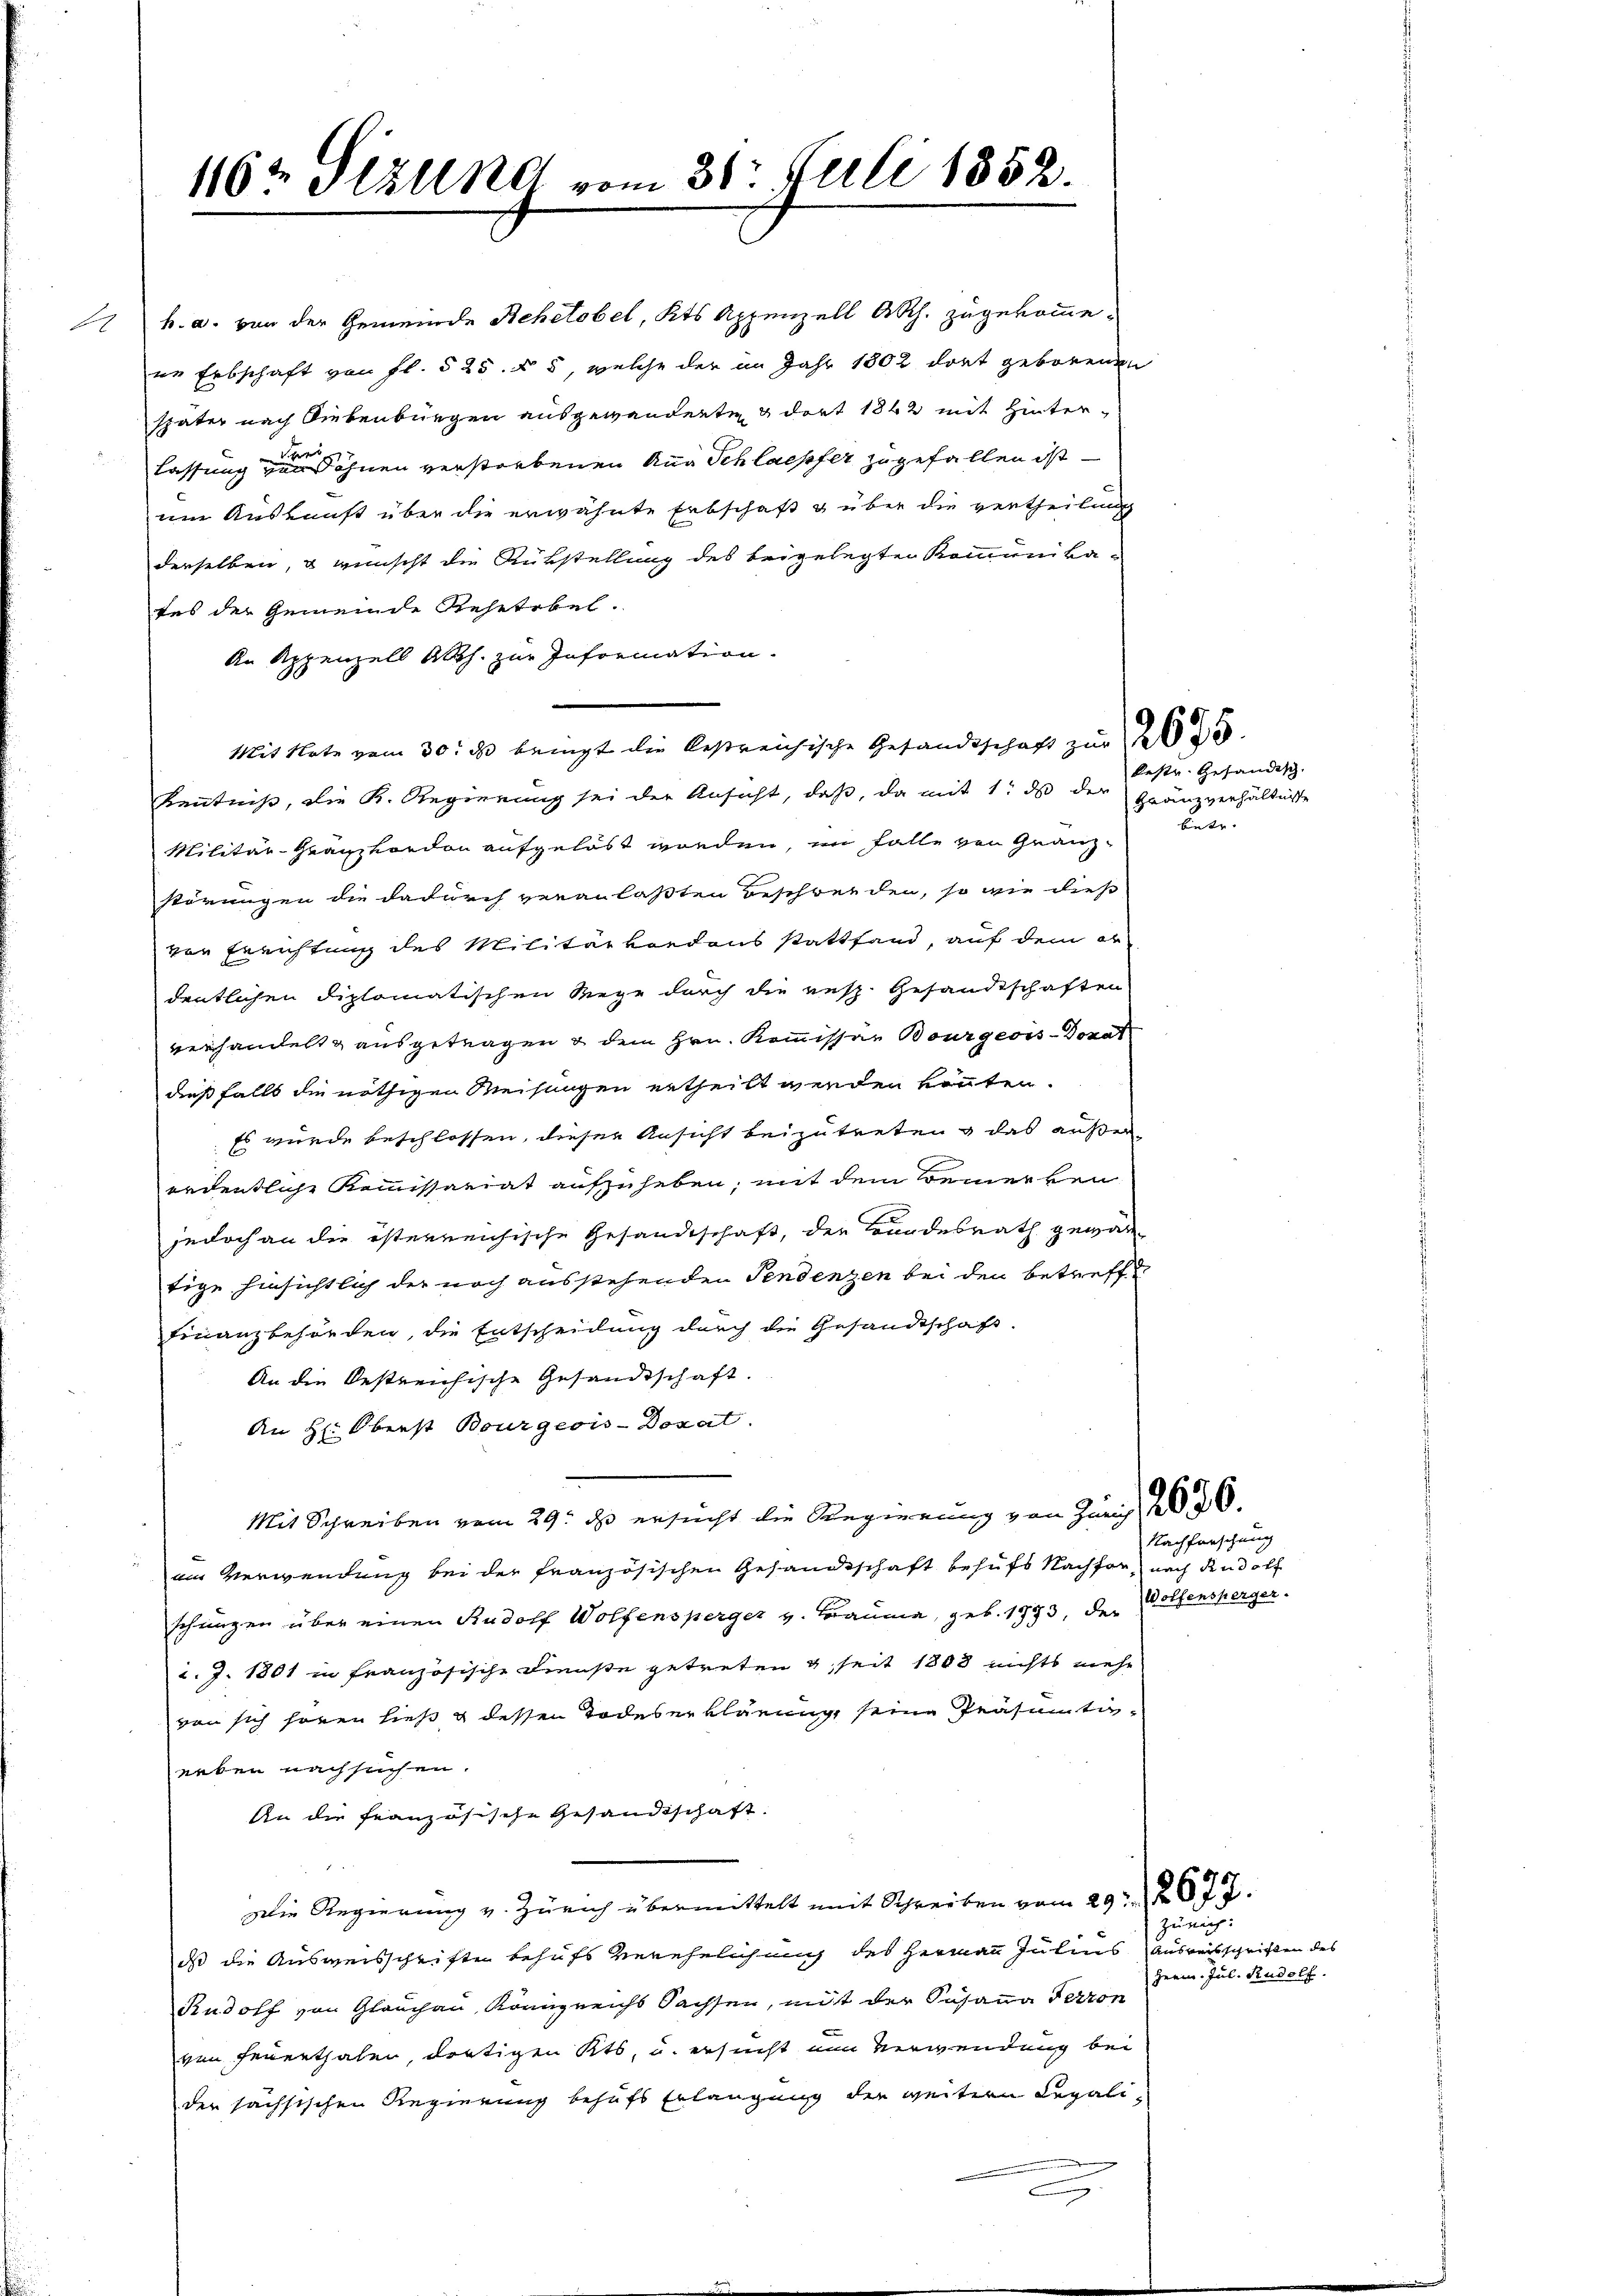
116. Sizung vom 31. Juli 1852.

h. a. von der Gemeinde Behetobel, Kts Appenzell A.Rh. zugekommene Erbschaft von fl. § 25. § 5, welche der im Jahr 1802 dort geborenen
später nach Siebenburgen ausgewanderten & dort 1862 mit Hinterlassung von Söhnen verstorbenen Aug Schlaepfer zugefallen ist
um Auskunft über die erwähnte Erbschaft & über die vertheilung
derselben, u wünscht die Rükstellung des beigelegten Kommunikafes der Gemeinde Rehetobel.
An Appenzell Ah. zur Information.
Mit Note vom 30. ds bringt die bestreichische Gesandtschaft zur
Kenntniß, die K. Regierung sei der Ansicht, daß, da mit 1. ds der
Militär-Granzkondon aufgelöst worden, im Falle von Granz-
störungen die dadurch veranlaßten Beschwenden, so wie dies
von Errichtung des Militärkondans stattfand, auf dem el
dentlichen diplomatischen Wege durch die resp. Gesandtschaften
verhandelt & ausgetragen & dem Hrn. Kommissar Bourgeois-Donat
dießfalls die nöthigen Weisungen ertheilt werden könnten.
Es wurde beschlossen, dieser Ansicht beizutreten, das außerordentliche Kommissariat aufzuheben; mit dem Bemerken
jedoch an die österreichische Gesandtschaft, der Bundesrath gewärtige hinsichtlich der noch ausstehenden Tendenzen bei den betreffe
Finanzbehörden, die Entscheidung durch die Gesandtschaft.
An die Oestreichische Gesandtschaft.
An Hr. Oberst Bourgeois-Doxat.
Mit Schreiben vom 29. ds ersucht die Regierung von Zürich, 1850.
aus Verwendung bei der französischen Gesandtschaft behufs Nachfor nach Rudolf
schungen über einen Rudolf Wolfensperger v. Bauma, geb. 1993, der Wolfensperger.
c. J. 1801 in französische Dienste getreten & seit 1808 nichts mehr
von sich hören hieß & dessen Todeserklärung seine Präsumtiv-
erken nachsuchen.
An die französische Gesandtschaft.
Die Regierung v. Zürich übermittelt mit Schreiben vom 29. 2677.
dass die Ausweisschriften behufs Verehelichung des Hermau Julius Ausreisschriften des
Rudolf von Glauchau, Königreichs Sachsen, mit der Susanna Terron
von Feuerthalen, dortigen Kts. u. ersucht nun verwendung bei
der sächsischen Regierung behufs Erlangung der weitern Legali¬

kestr. Gehändisch
Granzverhältnisse
Betr.

Nachforschung

zürich:
Herrn. Jul. Rudolf.